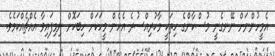
އެމީހުންނަށް ނޭނގެނީ މުސްކާންގެ ހިތަކީ މާކުރިއްސުރެ އެހެން މީހަކަށް ހިބަކޮށް ނިމިފައިވާ އެއްޗެއްކަމެވެ.